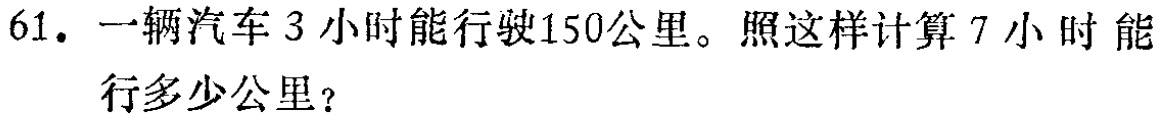
61. 一辆汽车3小时能行驶150公里。照这样计算7小时能行多少公里？